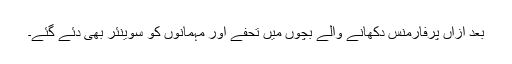
بعد ازاں پرفارمنس دکھانے والے بچوں میں تحفے اور مہمانوں کو سوینئر بھی دئے گئے۔